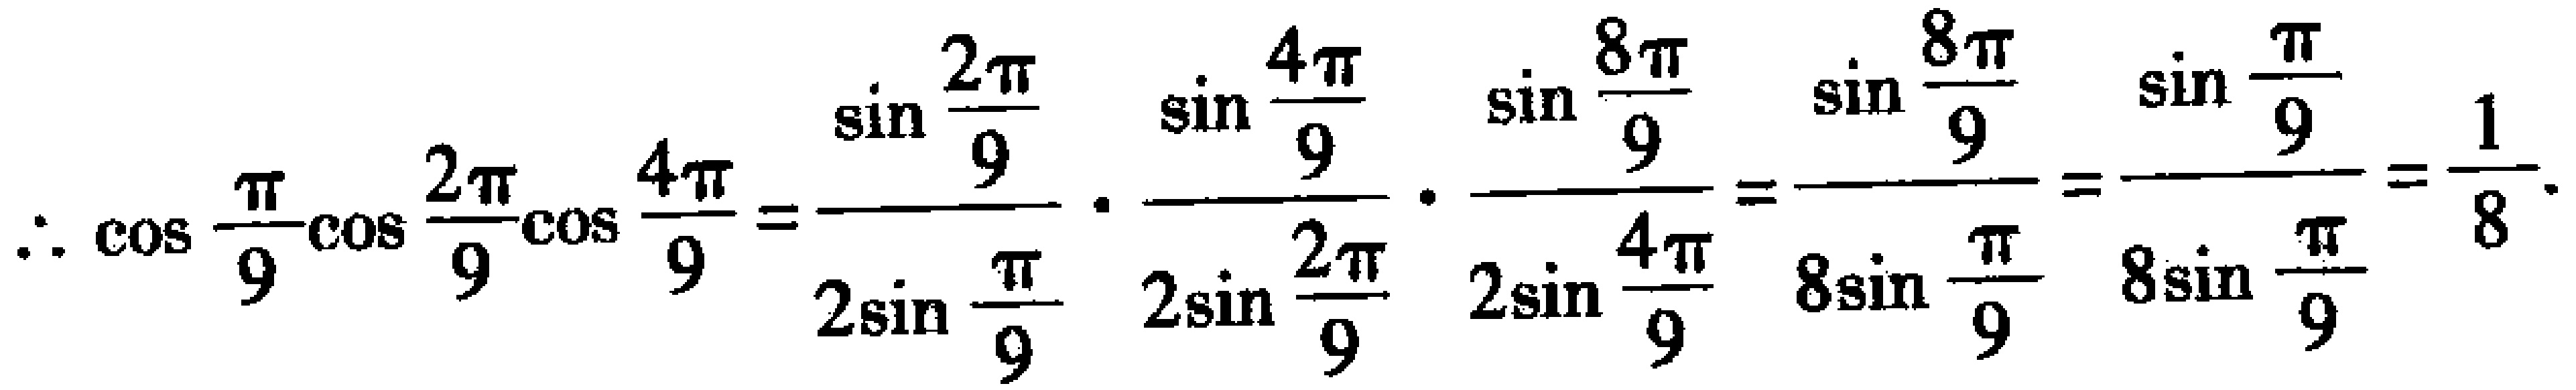
\(\therefore \cos\frac{\pi}{9}\cos\frac{2\pi}{9}\cos\frac{4\pi}{9}=\frac{\sin\frac{2\pi}{9}}{2\sin\frac{\pi}{9}}\cdot\frac{\sin\frac{4\pi}{9}}{2\sin\frac{2\pi}{9}}\cdot\frac{\sin\frac{8\pi}{9}}{2\sin\frac{4\pi}{9}}=\frac{\sin\frac{8\pi}{9}}{8\sin\frac{\pi}{9}}=\frac{\sin\frac{\pi}{9}}{8\sin\frac{\pi}{9}}=\frac{1}{8}\)